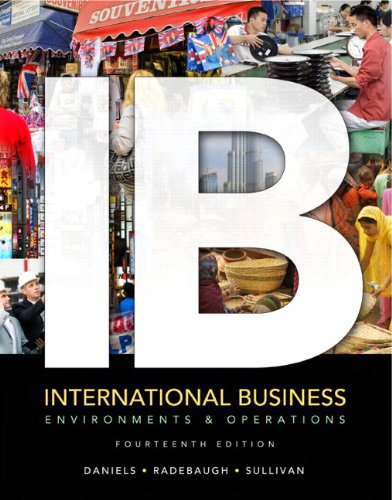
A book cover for International Business: Environments & Operations (14th Edition); John Daniels; Business & Money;